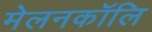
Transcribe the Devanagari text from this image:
मेलनकॉलि